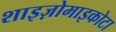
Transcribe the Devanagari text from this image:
शाइज़ोमाइकोटा